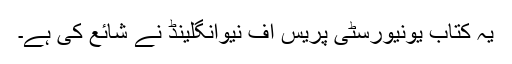
یہ کتاب یونیورسٹی پریس آف نیوانگلینڈ نے شائع کی ہے۔